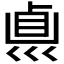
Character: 𠨀